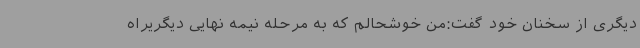
دیگری از سخنان خود گفت:من خوشحالم که به مرحله نیمه نهایی دیگریراه